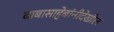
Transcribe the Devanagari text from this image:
बाबासाहेबांनीदेखील